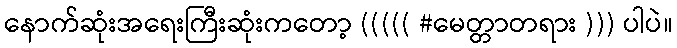
နောက်ဆုံးအရေးကြီးဆုံးကတော့ ((((( #မေတ္တာတရား ))) ပါပဲ။